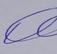
Signature authenticity: genuine